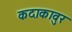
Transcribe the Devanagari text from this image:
कदाकावुर